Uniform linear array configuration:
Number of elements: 48
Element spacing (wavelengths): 0.25
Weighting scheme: exponential
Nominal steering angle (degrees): -15
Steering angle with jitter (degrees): -16.086
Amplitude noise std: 0.05
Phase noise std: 0.05

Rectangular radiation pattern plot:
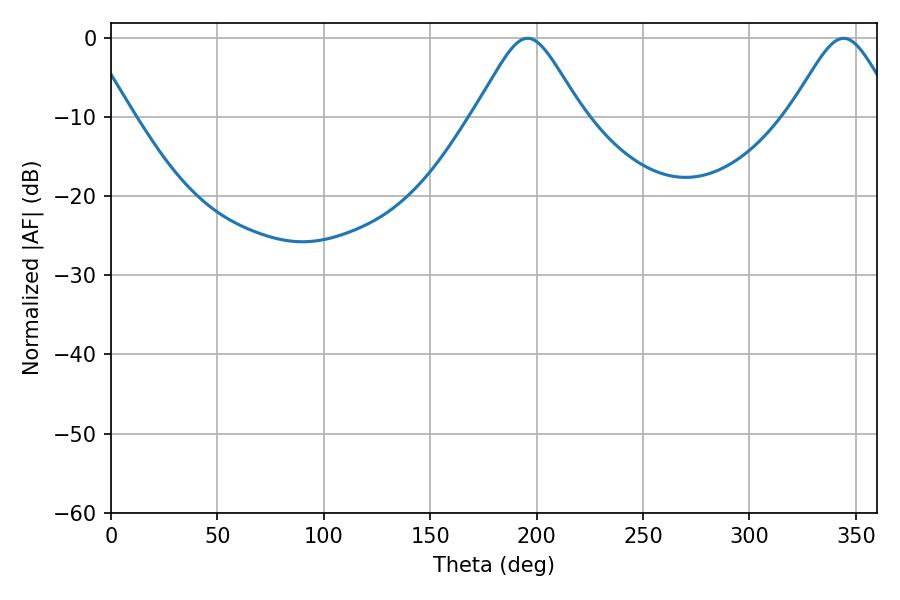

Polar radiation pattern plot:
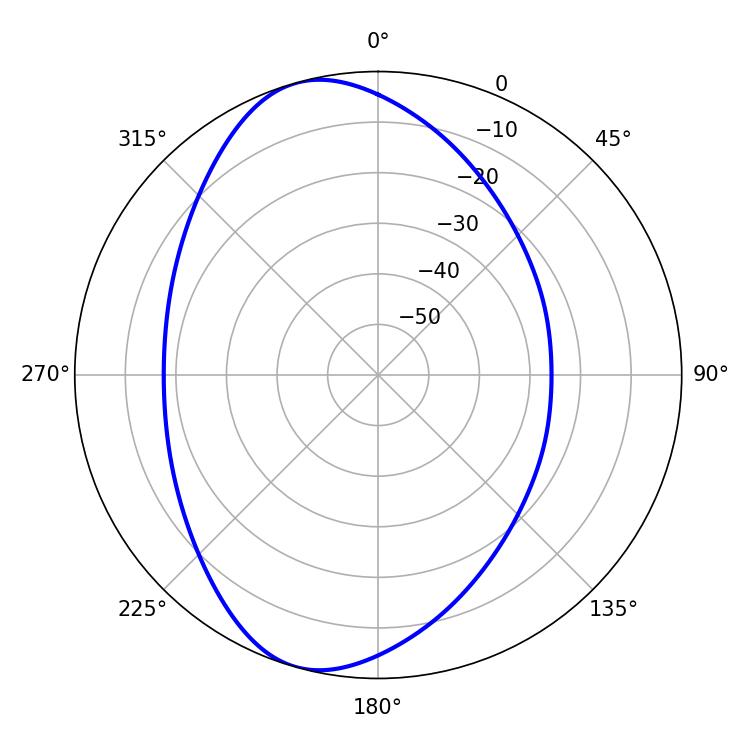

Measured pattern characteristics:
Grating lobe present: FALSE
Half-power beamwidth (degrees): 24.3
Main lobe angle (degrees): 195.84